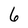
Character: 6